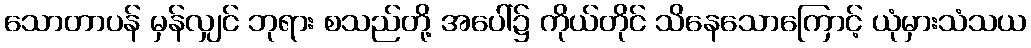
သောတာပန် မှန်လျှင် ဘုရား စသည်တို့ အပေါ်၌ ကိုယ်တိုင် သိနေသောကြောင့် ယုံမှားသံသယ